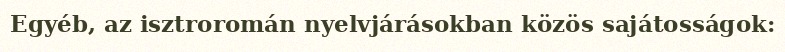
Egyéb, az isztroromán nyelvjárásokban közös sajátosságok: